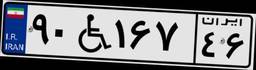
۹۰W۱۶۷۴۶